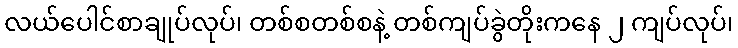
လယ်ပေါင်စာချုပ်လုပ်၊ တစ်စတစ်စနဲ့ တစ်ကျပ်ခွဲတိုးကနေ ၂ ကျပ်လုပ်၊